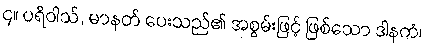
၄။ ပရိဝါသ်, မာနတ် ပေးသည်၏ အစွမ်းဖြင့် ဖြစ်သော ဒါနကံ၊